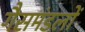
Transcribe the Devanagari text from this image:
गैसमंडलों